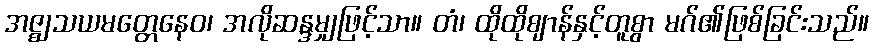
အဇ္ဈသယမတ္တေနေဝ၊ အလိုဆန္ဒမျှဖြင့်သာ။ တံ၊ ထိုထိုဈာန်နှင့်တူစွာ မဂ်၏ဖြစ်ခြင်းသည်။